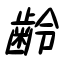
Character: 齢